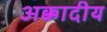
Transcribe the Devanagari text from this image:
अक्कादीय